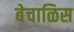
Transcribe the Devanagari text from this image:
बेचाळिस